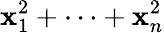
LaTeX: \mathbf{x}_{1}^{2}+\cdots+\mathbf{x}_{n}^{2}